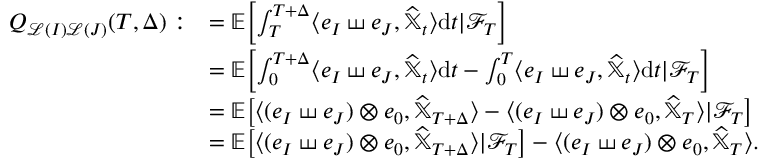
\begin{array} { r l } { Q _ { \mathscr { L } ( I ) \mathscr { L } ( J ) } ( T , \Delta ) : } & { = \mathbb { E } \biggl [ \int _ { T } ^ { T + \Delta } \langle e _ { I } \shuffle e _ { J } , \widehat { \mathbb { X } } _ { t } \rangle \mathrm { d } t \lvert \mathcal { F } _ { T } \biggr ] } \\ & { = \mathbb { E } \biggl [ \int _ { 0 } ^ { T + \Delta } \langle e _ { I } \shuffle e _ { J } , \widehat { \mathbb { X } } _ { t } \rangle { \mathrm { d } } t - \int _ { 0 } ^ { T } \langle e _ { I } \shuffle e _ { J } , \widehat { \mathbb { X } } _ { t } \rangle { \mathrm { d } } t \lvert \mathcal { F } _ { T } \biggr ] } \\ & { = \mathbb { E } \bigl [ \langle ( e _ { I } \shuffle e _ { J } ) \otimes e _ { 0 } , \widehat { \mathbb { X } } _ { T + \Delta } \rangle - \langle ( e _ { I } \shuffle e _ { J } ) \otimes e _ { 0 } , \widehat { \mathbb { X } } _ { T } \rangle \lvert \mathcal { F } _ { T } \bigr ] } \\ & { = \mathbb { E } \bigl [ \langle ( e _ { I } \shuffle e _ { J } ) \otimes e _ { 0 } , \widehat { \mathbb { X } } _ { T + \Delta } \rangle \lvert \mathcal { F } _ { T } \bigr ] - \langle ( e _ { I } \shuffle e _ { J } ) \otimes e _ { 0 } , \widehat { \mathbb { X } } _ { T } \rangle . } \end{array}